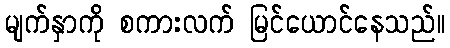
မျက်နှာကို စကားလက် မြင်ယောင်နေသည်။